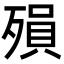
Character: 殞